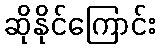
ဆိုနိုင်ကြောင်း